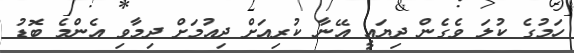
ހަމުގެ ކުލަ ވެގެން ދިޔައީ އޭނާ ކުރިއަށް ދިއުމަށް ދިމާވި އެންމެ ބޮޑު